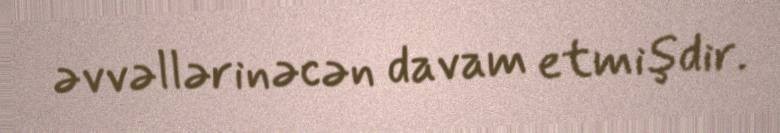
əvvəllərinəcən davam etmişdir.